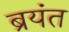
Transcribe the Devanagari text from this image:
ब्रयंत